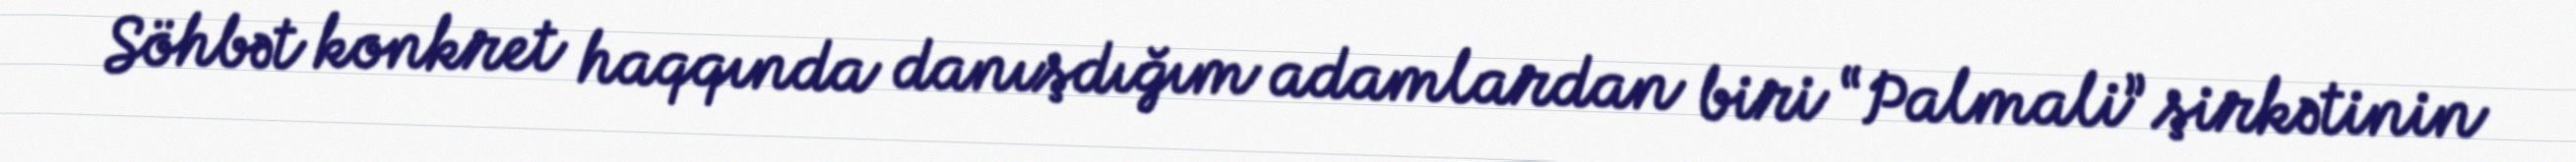
Söhbət konkret haqqında danışdığım adamlardan biri “Palmali” şirkətinin